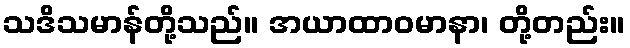
သဒိသမာန်တို့သည်။ အယာထာဝမာနာ၊ တို့တည်း။